Burma Government Medical School reports 1907-22
Year: 1907
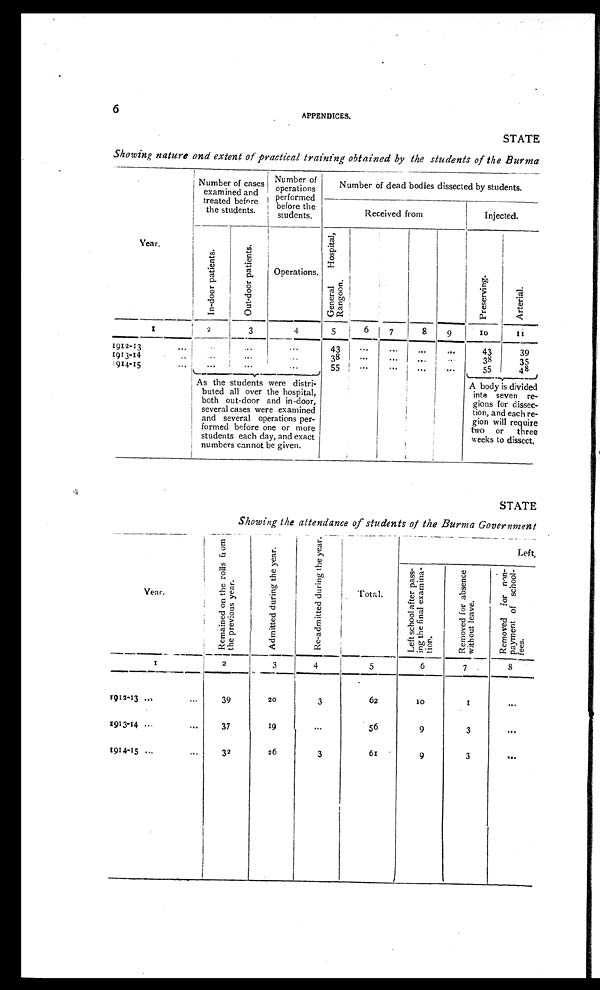
6
APPENDICES.
STATE
Showing nature and extent of practical training obtained by the students of the Burma
Year.
Number of cases
examined and
treated before
the students.
Numbers of
operatins
performed
before the
students.
Number of dead bodies dissected by students.
Received from
Injected.
I n - d o o r p a t i e n t s .
O u t - d o o r p a t i e n t s .
Operations.
Ge n e r a l Ho s p i t a l ,
Rangoon.
P r e s e r v i n g .
Art eri al .
1
2
3
4
5
6 7
8
9
10
11
1912-13
... ...
...
...
43
...
...
...
...
43
39
1913-14 ..
...
...
...
38
...
... ...
...
38
35
1914-15
... ...
...
...
55
...
...
...
...
55
4 8
As the students were distri-
buted all over the hospital,
both out-door and in-door,
several cases were examined
and several operations per-
formed before one or more
students each day, and exact
numbers cannot be given.
A body is divided
into seven re-
gions for dissec-
tion, and each re-
gion will require
two or three
weeks to dissect.
STATE
Showing the attendance of students of the Burma Government
Year.
R e m a i n e d o n t h e r o l l s f r o m t h e p r e v i o u s y e a r .
A d m i t t e d d u r i n g t h e y e a r .
R e - a d m i t t e d d u r i n g t h e y e a r .
Total.
Left,
L e f t s c h o o l a f t e r p a s s -
i n g t h e f i n a l e x a m i n a - t i o n .
R e m o v e d f o r a b s e n c e w i t h o u t l e a v e .
R e m o v e d f o r n o n - p a y m e n t o f s c h o o l - f e e s .
1
2
3
4
5
6
7
8
1912-13...
...
39
20
3
62
10
1
...
1913-14 ... ...
37
19
...
56
9
3
...
1914-15 ...
...
32
26
3
61
9
3
...